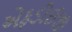
એફડીઈજી